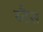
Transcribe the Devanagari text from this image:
स्टैस